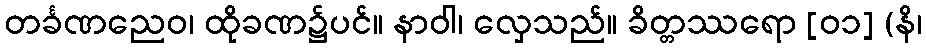
တင်္ခဏညေဝ၊ ထိုခဏ၌ပင်။ နာဝါ၊ လှေသည်။ ခိတ္တဿရော [၀၁] (နိ၊